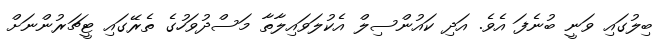
ބިލުގައި ވަނީ ބުނެފަ އެވެ. އަދި ކައުންސިލް އެކުލަވައިލާތާ މަސްދުވަހުގެ ތެރޭގައި ޓީޗަރުންނަށް